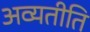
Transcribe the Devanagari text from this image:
अव्यतीति